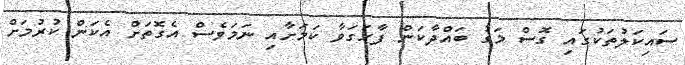
ސައިކަލުތަކުގައި ގޮސް މަގު ބައްދާކަން ފާހަގަވާ ކަމަށާއި ނަމަވެސް އެގޮތަށް އެކަން ކުރުމަށް